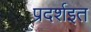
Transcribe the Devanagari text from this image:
प्रदर्शइत